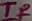
Text: TR